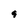
Character: 9